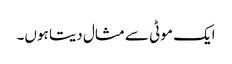
ایک موٹی سے مثال دیتا ہوں۔